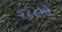
૨૮૯મો